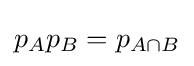
p_{A}p_{B}=p_{A\cap B}